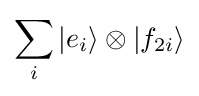
\sum _{i}|e_{i}\rangle \otimes |f_{2i}\rangle